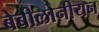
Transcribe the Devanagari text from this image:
बेबीलोनीयन